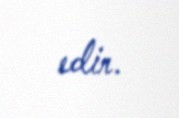
edir.